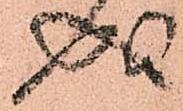
成